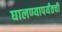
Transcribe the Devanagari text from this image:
घालण्यापर्यंतची